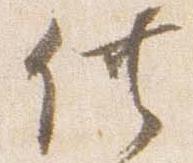
供